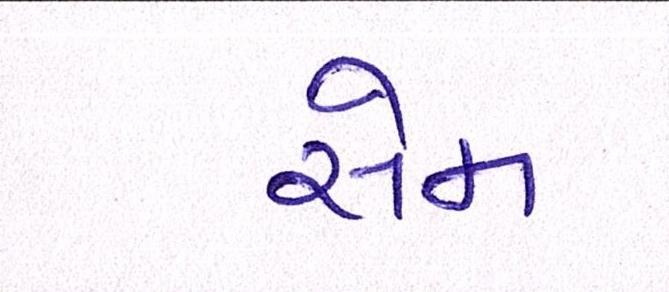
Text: સેમ